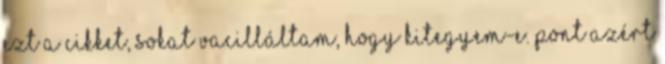
ezt a cikket, sokat vacilláltam, hogy kitegyem-e. Pont azért